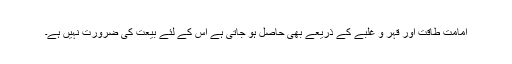
امامت طاقت اور قہر و غلبے کے ذریعے بھی حاصل ہو جاتی ہے اس کے لئے بیعت کی ضرورت نہیں ہے۔